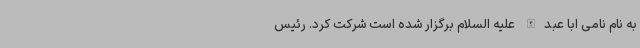
به نام نامی ابا عبدالله علیه السلام برگزار شده است شرکت کرد. رئیس